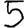
Digit: 5